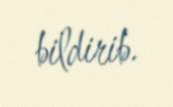
bildirib.